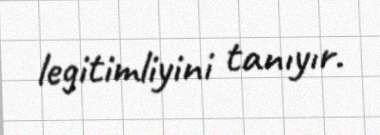
legitimliyini tanıyır.